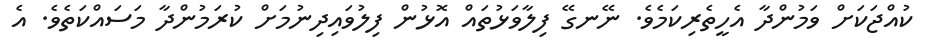
ކުއްޖަކަށް ވަމުންދާ އެހީތެރިކަމެވެ. ނޭނގޭ ފިލާވަޅުތައް އޮޅުން ފިލުވައިދިނުމަށް ކުރަމުންދާ މަސައްކަތެވެ. އެ